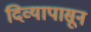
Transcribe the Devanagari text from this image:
दिव्यापासून